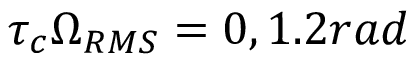
\tau _ { c } \Omega _ { R M S } = 0 , 1 . 2 r a d